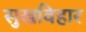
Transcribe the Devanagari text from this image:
सुखविहार